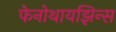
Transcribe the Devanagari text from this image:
फेनोथायझिन्स